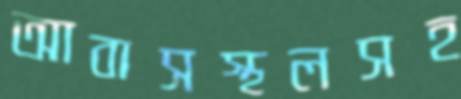
আবাসস্থলসহ